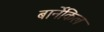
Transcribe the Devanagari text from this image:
बार्नेकिल